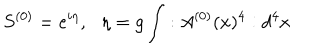
S ^ { ( 0 ) } = e ^ { i \eta } , \, \, \, \, \eta = g \int : A ^ { ( 0 ) } ( x ) ^ { 4 } : d ^ { 4 } x